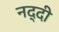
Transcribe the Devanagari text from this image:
नद्दी